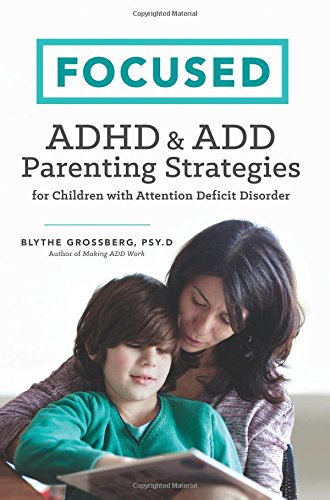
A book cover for Focused: ADHD & ADD Parenting Strategies for Children with Attention Deficit Disorder; Psy.D Blythe Grossberg; Health, Fitness & Dieting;